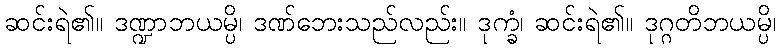
ဆင်းရဲ၏။ ဒဏ္ဍာဘယမ္ပိ၊ ဒဏ်ဘေးသည်လည်း။ ဒုက္ခံ၊ ဆင်းရဲ၏။ ဒုဂ္ဂတိဘယမ္ပိ၊